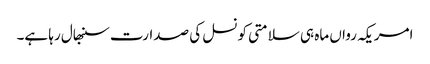
امریکہ رواں ماہ ہی سلامتی کونسل کی صدارت سنبھال رہا ہے۔